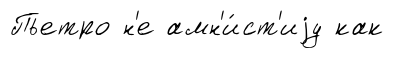
Пьетро н'е амн'и́ст'иjу как